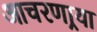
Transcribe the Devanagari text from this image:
आचरणार्‍या